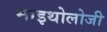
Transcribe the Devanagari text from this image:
माइथोलोजी